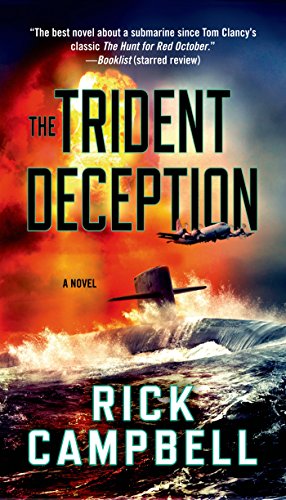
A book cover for The Trident Deception; Rick Campbell; Mystery, Thriller & Suspense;